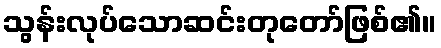
သွန်းလုပ်သောဆင်းတုတော်ဖြစ်၏။